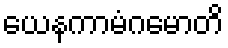
ယေနကာမံဂမောတိ